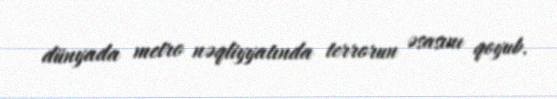
dünyada metro nəqliyyatında terrorun əsasını qoyub.